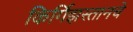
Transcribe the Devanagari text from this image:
किर्गिझस्तानचे